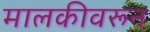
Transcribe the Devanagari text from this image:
मालकीवरून